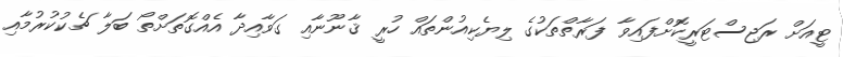
ޓީއަށް ރަޖިސްޓަރީކޮށްފައިވާ ފަރާތްތަކުގެ ލިޔެކިއުންތައް ހުރީ ޤާނޫނާއި ގަވާއިދާ އެއްގޮތަށްތޯ ބަލާ ޗެކުކުރުމާއި